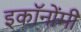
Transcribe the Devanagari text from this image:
इकॉनोंमी